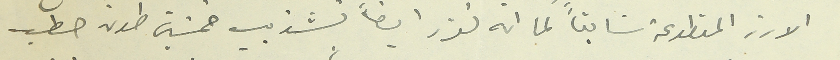
الارز المقطوعة سَابقاً كما انه تقرر ايضاً تشذيب خمسين طون حطب